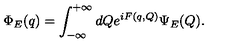
\Phi _ { E } ( q ) = \int _ { - \infty } ^ { + \infty } d Q e ^ { i F ( q , Q ) } \Psi _ { E } ( Q ) .